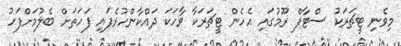
މިވެނި ޓީޗަރަކު ސްޓާފް ރޫމުގައި އެހެން ޓީޗަރަކާ ވާހަކަ ދައްކާންހުރެފައި ފަހަތަށް ބެލުމަށްފަހު